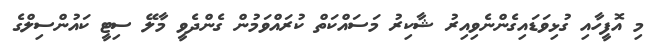
މި އޮފީހާއި ގުޅިވަޑައިގެންނެވިއިރު ޝާކިރު މަސައްކަތް ކުރައްވަމުން ގެންދެވީ މާލޭ ސިޓީ ކައުންސިލްގެ